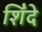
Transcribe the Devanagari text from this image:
शिंदे